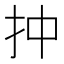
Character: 𢪠